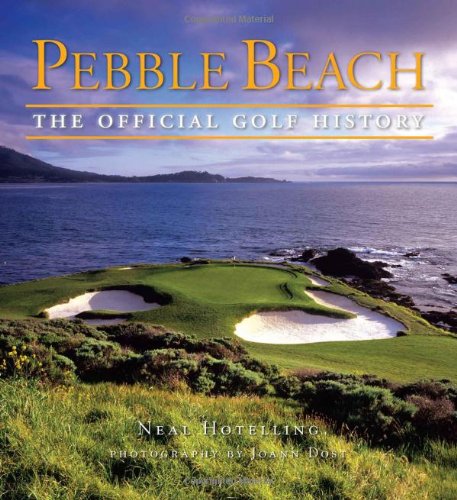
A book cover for Pebble Beach: The Official Golf History; Neal Hotelling; Arts & Photography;